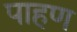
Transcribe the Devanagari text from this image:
पाहण